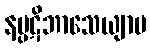
နပ္ပဋိဘာသေယျာမ